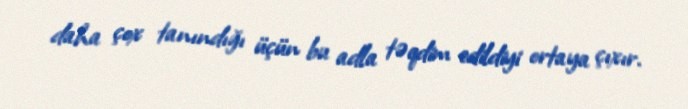
daha çox tanındığı üçün bu adla təqdim edildiyi ortaya çıxır.